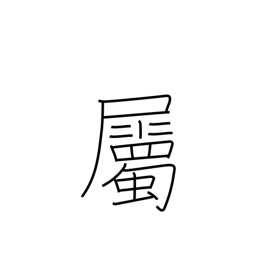
Meaning: belong